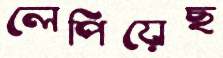
লেপিয়েছ